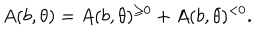
A ( b , \theta ) = A ( b , \theta ) ^ { \geq 0 } + A ( b , \theta ) ^ { < 0 } .